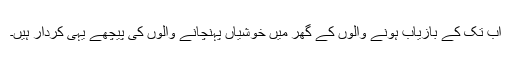
اب تک کے بازیاب ہونے والوں کے گھر میں خوشیاں پہنچانے والوں کی پیچھے یہی کردار ہیں۔